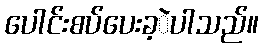
ပေါင်းစပ်ပေးခ့ဲပါသည်။